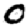
Digit: 0